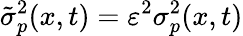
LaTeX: \tilde{\sigma}_{p}^{2}(x,t)=\varepsilon^{2}\sigma_{p}^{2}(x,t)